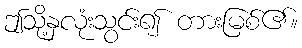
ဤသို့နှလုံးသွင်း၍ တားမြစ်၏။